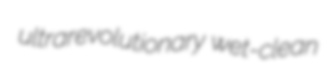
ultrarevolutionary wet-clean